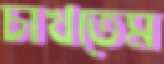
চাখতেম